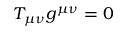
T _ { \mu \nu } g ^ { \mu \nu } = 0